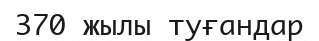
370 жылы туғандар